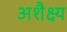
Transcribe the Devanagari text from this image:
अशैक्ष्य